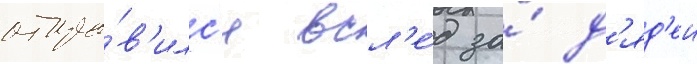
отпра́в'илс'я всл'е́д за́ д'яд'еи